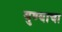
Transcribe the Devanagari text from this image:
युण्याचा